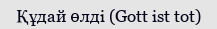
Құдай өлді (Gott ist tot)